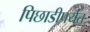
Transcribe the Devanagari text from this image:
पिछाडीपर्यंत